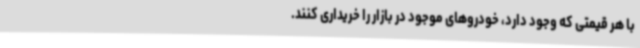
با هر قیمتی که وجود دارد، خودروهای موجود در بازار را خریداری کنند.